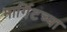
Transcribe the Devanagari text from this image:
मार्गिटच्या